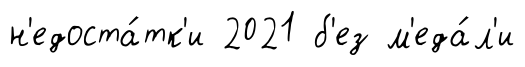
н'едоста́тк'и 2021 б'ез м'еда́л'и